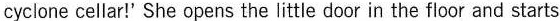
cyclone cellar!'She opens the little door in the floor and starts